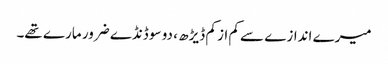
میرے اندازے سے کم از کم ڈیڑھ ، دو سو ڈنڈے ضرور مارے تھے۔